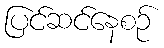
ပြင်ဆင်နေစဉ်